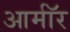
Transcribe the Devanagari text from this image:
आर्माॅर